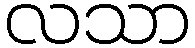
လသာ